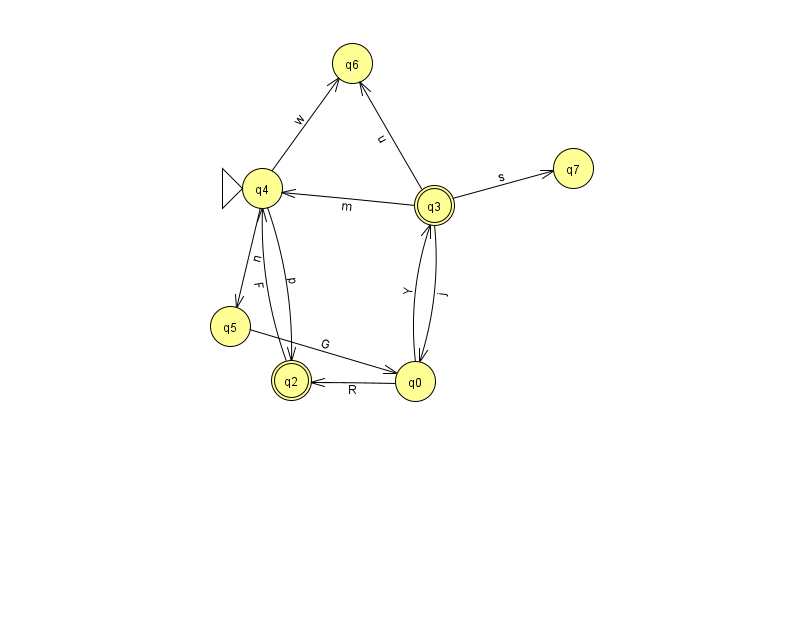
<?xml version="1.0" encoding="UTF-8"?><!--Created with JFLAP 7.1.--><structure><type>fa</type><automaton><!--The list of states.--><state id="0" name="q0"><x>415.0</x><y>368.0</y></state><state id="2" name="q2"><x>291.0</x><y>367.0</y><final/></state><state id="3" name="q3"><x>434.0</x><y>192.0</y><final/></state><state id="4" name="q4"><x>262.0</x><y>175.0</y><initial/></state><state id="5" name="q5"><x>230.0</x><y>313.0</y></state><state id="6" name="q6"><x>352.0</x><y>50.0</y></state><state id="7" name="q7"><x>573.0</x><y>155.0</y></state><!--The list of transitions.--><transition><from>0</from><to>2</to><read>R</read></transition><transition><from>3</from><to>4</to><read>m</read></transition><transition><from>4</from><to>5</to><read>n</read></transition><transition><from>4</from><to>2</to><read>p</read></transition><transition><from>3</from><to>6</to><read>u</read></transition><transition><from>3</from><to>0</to><read>j</read></transition><transition><from>0</from><to>3</to><read>Y</read></transition><transition><from>2</from><to>4</to><read>F</read></transition><transition><from>5</from><to>0</to><read>G</read></transition><transition><from>4</from><to>6</to><read>w</read></transition><transition><from>3</from><to>7</to><read>s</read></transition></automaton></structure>